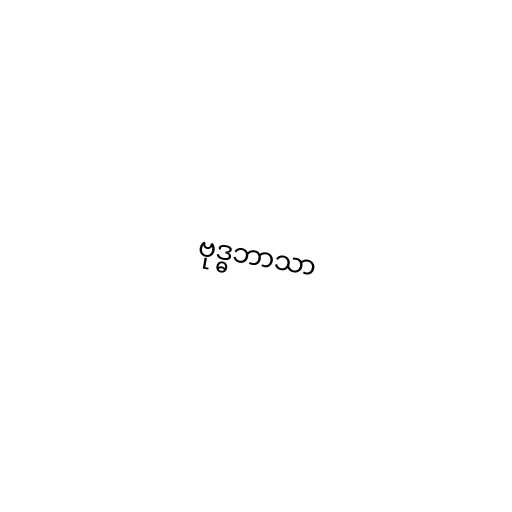
ဗုဒ္ဓဘာသာ